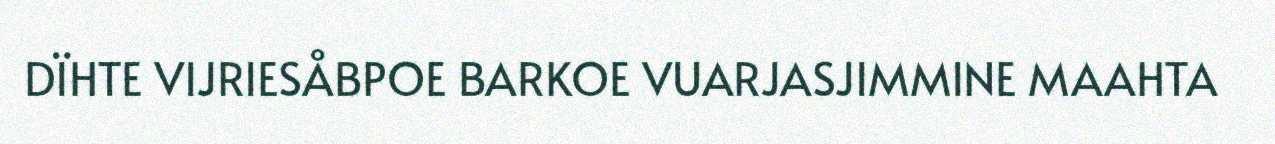
DÏHTE VIJRIESÅBPOE BARKOE VUARJASJIMMINE MAAHTA